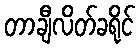
တာချီလိတ်ခရိုင်